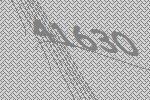
41630